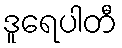
ဒူရေပါတီ